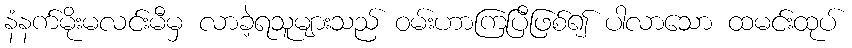
နံနက်မိုးမလင်းမီမှ လာခဲ့ရသူများသည် ဝမ်းဟာကြပြီဖြစ်၍ ပါလာသော ထမင်းထုပ်